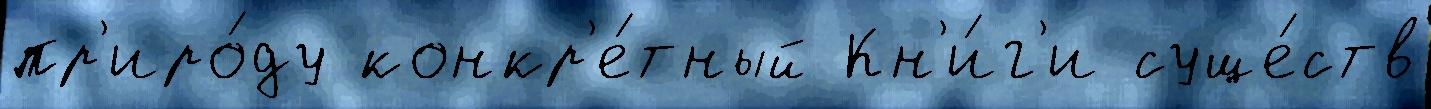
пр'иро́ду конкр'е́тный Кн'и́г'и суще́ств